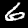
Digit: 6